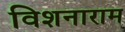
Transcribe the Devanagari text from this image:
विशनाराम